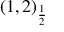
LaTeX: ( 1 , 2 ) _ { \frac { 1 } { 2 } }